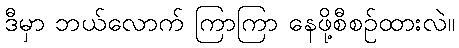
ဒီမှာ ဘယ်လောက် ကြာကြာ နေဖို့စီစဉ်ထားလဲ။